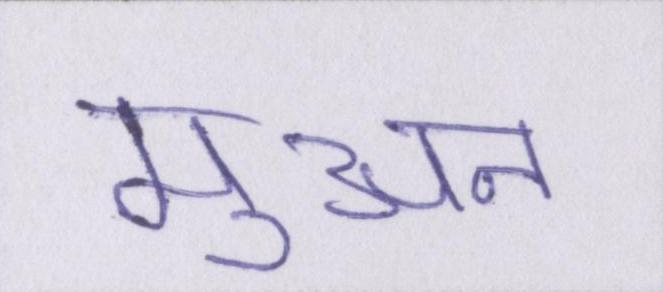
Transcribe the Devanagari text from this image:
मुअन